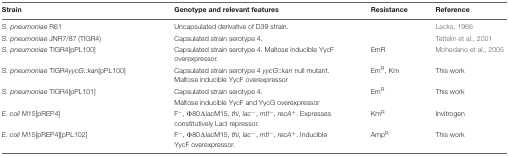
<table><thead><tr><td><b>Strain</b></td><td><b>Genotype and relevant features</b></td><td><b>Resistance</b></td><td><b>Reference</b></td></tr></thead><tbody><tr><td><i>S. pneumoniae</i> R61</td><td>Uncapsulated derivative of D39 strain.</td><td></td><td>Lacks, 1966</td></tr><tr><td><i>S. pneumoniae</i> JNR7/87 (TIGR4)</td><td>Capsulated strain serotype 4.</td><td></td><td>Tettelin et al., 2001</td></tr><tr><td><i>S. pneumoniae</i> TIGR4[pPL100]</td><td>Capsulated strain serotype 4. Maltose inducible YycF overexpressor.</td><td>EmR</td><td>Mohedano et al., 2005</td></tr><tr><td><i>S. pneumoniae</i> TIGR4<i>yycG::kan</i>[pPL100]</td><td>Capsulated strain serotype 4 <i>yycG</i>::<i>kan</i> null mutant. Maltose inducible YycF overexpressor</td><td>Em<sup>R</sup>, Km</td><td>This work</td></tr><tr><td><i>S. pneumoniae</i> TIGR4[pPL101]</td><td>Capsulated strain serotype 4.</td><td>Em<sup>R</sup></td><td>This work</td></tr><tr><td></td><td>Maltose inducible YycF and YycG overexpressor</td><td></td><td></td></tr><tr><td><i>E. coli</i> M15[pREP4]</td><td>F<sup>-</sup>, Φ80ΔlacM15, <i>thi, lac</i><sup>-</sup>, <i>mtl</i><sup>-</sup>, <i>recA</i><sup>+</sup>. Expresses constitutively LacI repressor.</td><td>Km<sup>R</sup></td><td>Invitrogen</td></tr><tr><td><i>E. coli</i> M15[pREP4][pPL102]</td><td>F<sup>-</sup>, Φ80ΔlacM15, <i>thi, lac</i><sup>-</sup>, <i>mtl</i><sup>-</sup>, <i>recA</i><sup>+</sup>. Inducible YycF overexpressor.</td><td>Amp<sup>R</sup></td><td>This work</td></tr></tbody></table>